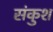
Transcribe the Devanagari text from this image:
संकुश